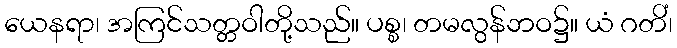
ယေနရာ၊ အကြင်သတ္တဝါတို့သည်။ ပစ္စ၊ တမလွန်ဘဝ၌။ ယံ ဂတိံ၊